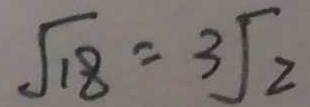
\sqrt { 1 8 } = \sqrt [ 3 ] { 2 }